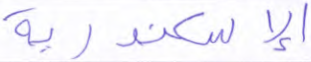
الإسكندرية